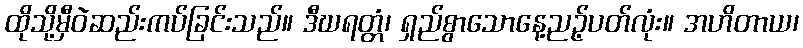
ထိုသို့မှီဝဲဆည်းကပ်ခြင်းသည်။ ဒီဃရတ္တံ၊ ရှည်စွာသောနေ့ညဉ့်ပတ်လုံး။ အဟိတာယ၊